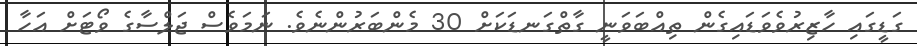
ގަޑީގައި ހާޒިރުވެވަޑައިގެން ތިއްބަވަނީ ގާތްގަނޑަކަށް 30 މެންބަރުންނެވެ. ނަމަވެސް ޖަލްސާގެ ވޯޓަށް އަހާ